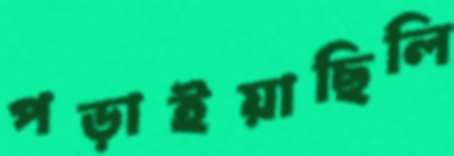
পড়াইয়াছিলি